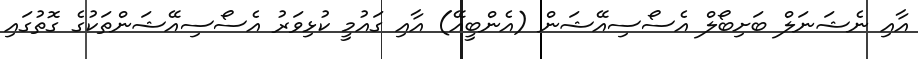
އާއި ނެޝަނަލް ބަށިބޯލް އެސޯސިއޭޝަން (އެންބީއޭ) އާއި ގައުމީ ކުޅިވަރު އެސޯސިއޭޝަންތަކުގެ ގޮތުގައި